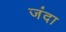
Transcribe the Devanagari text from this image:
जंदा